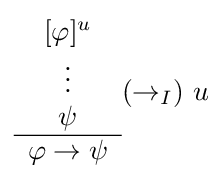
{\begin{array}{c}[\varphi ]^{u}\\\vdots \\\psi \\\hline \varphi \to \psi \end{array}}(\to _{I})\ u